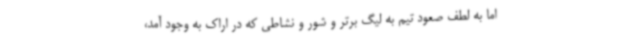
اما به لطف صعود تیم به لیگ برتر و شور و نشاطی که در اراک به وجود آمد،